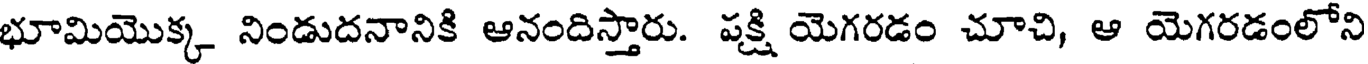
భూమియొక్క నిండుదనానికి ఆనందిస్తారు. పక్షి యెగరడం చూచి, ఆ యెగరడంలోని